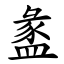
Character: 盠